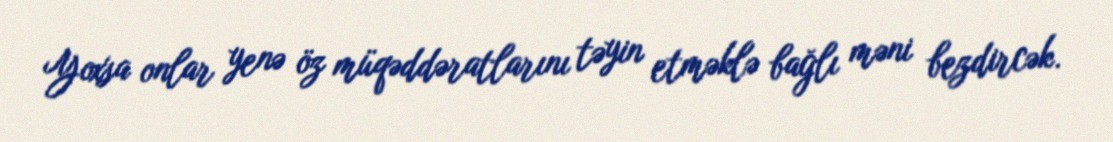
Yoxsa onlar yenə öz müqəddəratlarını təyin etməklə bağlı məni bezdircək.